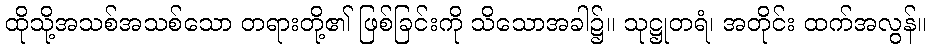
ထိုသို့အသစ်အသစ်သော တရားတို့၏ ဖြစ်ခြင်းကို သိသောအခါ၌။ သုဋ္ဌုတရံ၊ အတိုင်း ထက်အလွန်။